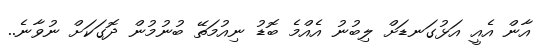
އާން އެއީ އަޅުގަނޑަށް ލިބުނު އެއްމެ ބޮޑު ނިއުމަތޭ ބުނުމުން ދޮގަކަށް ނުވާނެ..